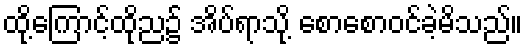
ထို့ကြောင့်ထိုည၌ အိပ်ရာသို့ စောစောဝင်ခဲ့မိသည်။